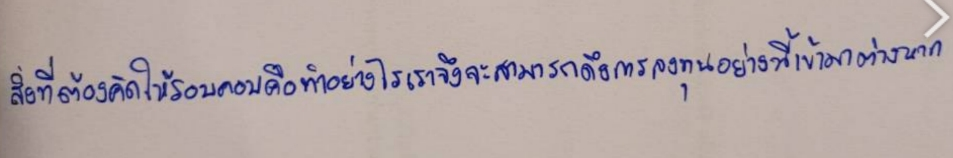
สิ่งที่ต้องคิดให้รอบคอบคือทำอย่างไรเราจึงจะสามารถดึงการลงทุนอย่างนี้เข้ามาต่างหาก